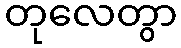
တုလေတွာ